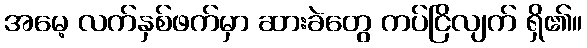
အမေ့ လက်နှစ်ဖက်မှာ ဆားခဲတွေ ကပ်ငြိလျက် ရှိ၏။